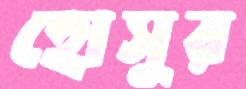
হোসুর